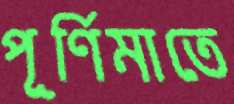
পূর্ণিমাতে